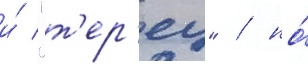
и́ "т'ер'ец" / но́